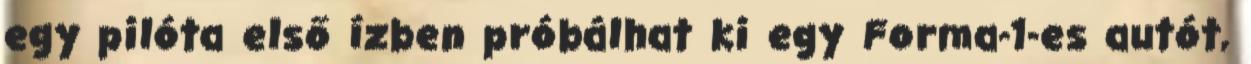
egy pilóta első ízben próbálhat ki egy Forma-1-es autót,